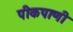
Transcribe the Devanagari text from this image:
पीकपाणी